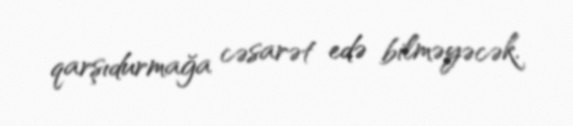
qarşıdurmağa cəsarət edə bilməyəcək.